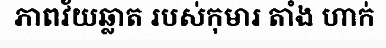
ភាពវ័យឆ្លាត របស់កុមារ តាំង ហាក់